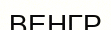
ВЕНГР